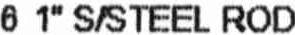
6 1" S/STEEL ROD